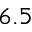
6 . 5